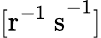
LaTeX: [\mathrm{r^{-1}~s}^{-1}]